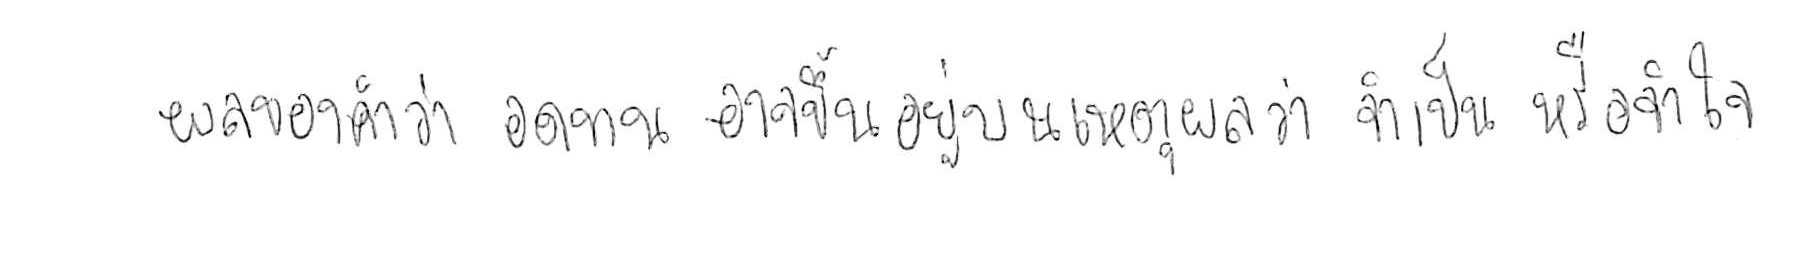
ผลของคำว่า อดทน อาจขึ้นอยู่บนเหตุผลว่า จำเป็น หรือ จำใจ